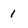
Character: 1